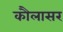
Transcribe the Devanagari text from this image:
कौलासर